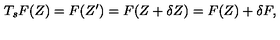
T _ { s } F ( Z ) = F ( Z ^ { \prime } ) = F ( Z + \delta Z ) = F ( Z ) + \delta F ,